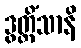
ဒွတ္တိံသာနိ